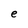
Character: e